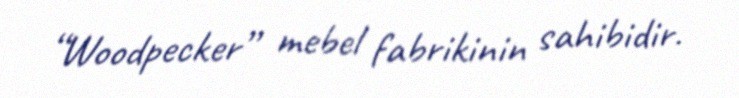
“Woodpecker” mebel fabrikinin sahibidir.